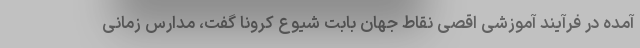
آمده در فرآیند آموزشی اقصی نقاط جهان بابت شیوع کرونا گفت، مدارس زمانی